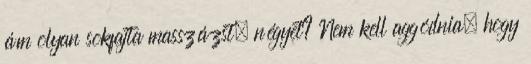
ám olyan sokfajta masszázst, négyet? Nem kell aggódnia, hogy